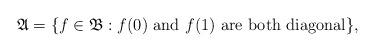
LaTeX: \begin{align*}\mathfrak{A}=\{f\in \mathfrak{B}:f(0)\ \mbox{and}\ f(1)\mbox{\ are both\ diagonal}\},\end{align*}